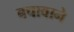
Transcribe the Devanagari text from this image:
बचावाने